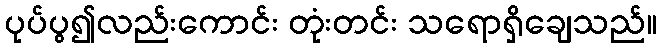
ပုပ်ပွ၍လည်းကောင်း တုံးတင်း သရောရှိချေသည်။